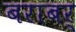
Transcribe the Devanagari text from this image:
बराबर्